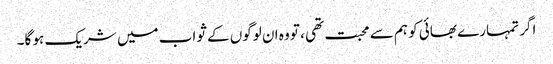
اگر تمہارے بھائی کو ہم سے محبت تھی ، تو وہ ان لوگوں کے ثواب میں شریک ہو گا۔